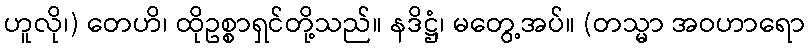
ဟူလို၊) တေဟိ၊ ထိုဥစ္စာရှင်တို့သည်။ နဒိဋ္ဌံ၊ မတွေ့အပ်။ (တသ္မာ အဝဟာရော